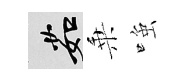
茹乗𫪻